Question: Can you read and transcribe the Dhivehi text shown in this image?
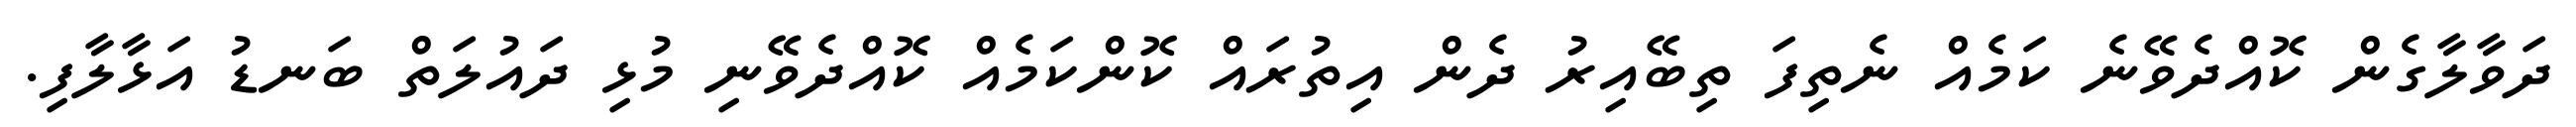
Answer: ދަވާލާގެން ކޮއްދެވޭނެ ކަމެއް ނެތިފަ ތިބޭއިރު ދެން އިތުރައް ކޮންކަމެއް ކޮއްދެވޭނި މުޅި ދައުލަތް ބަނޑު އަޅާލާފި.